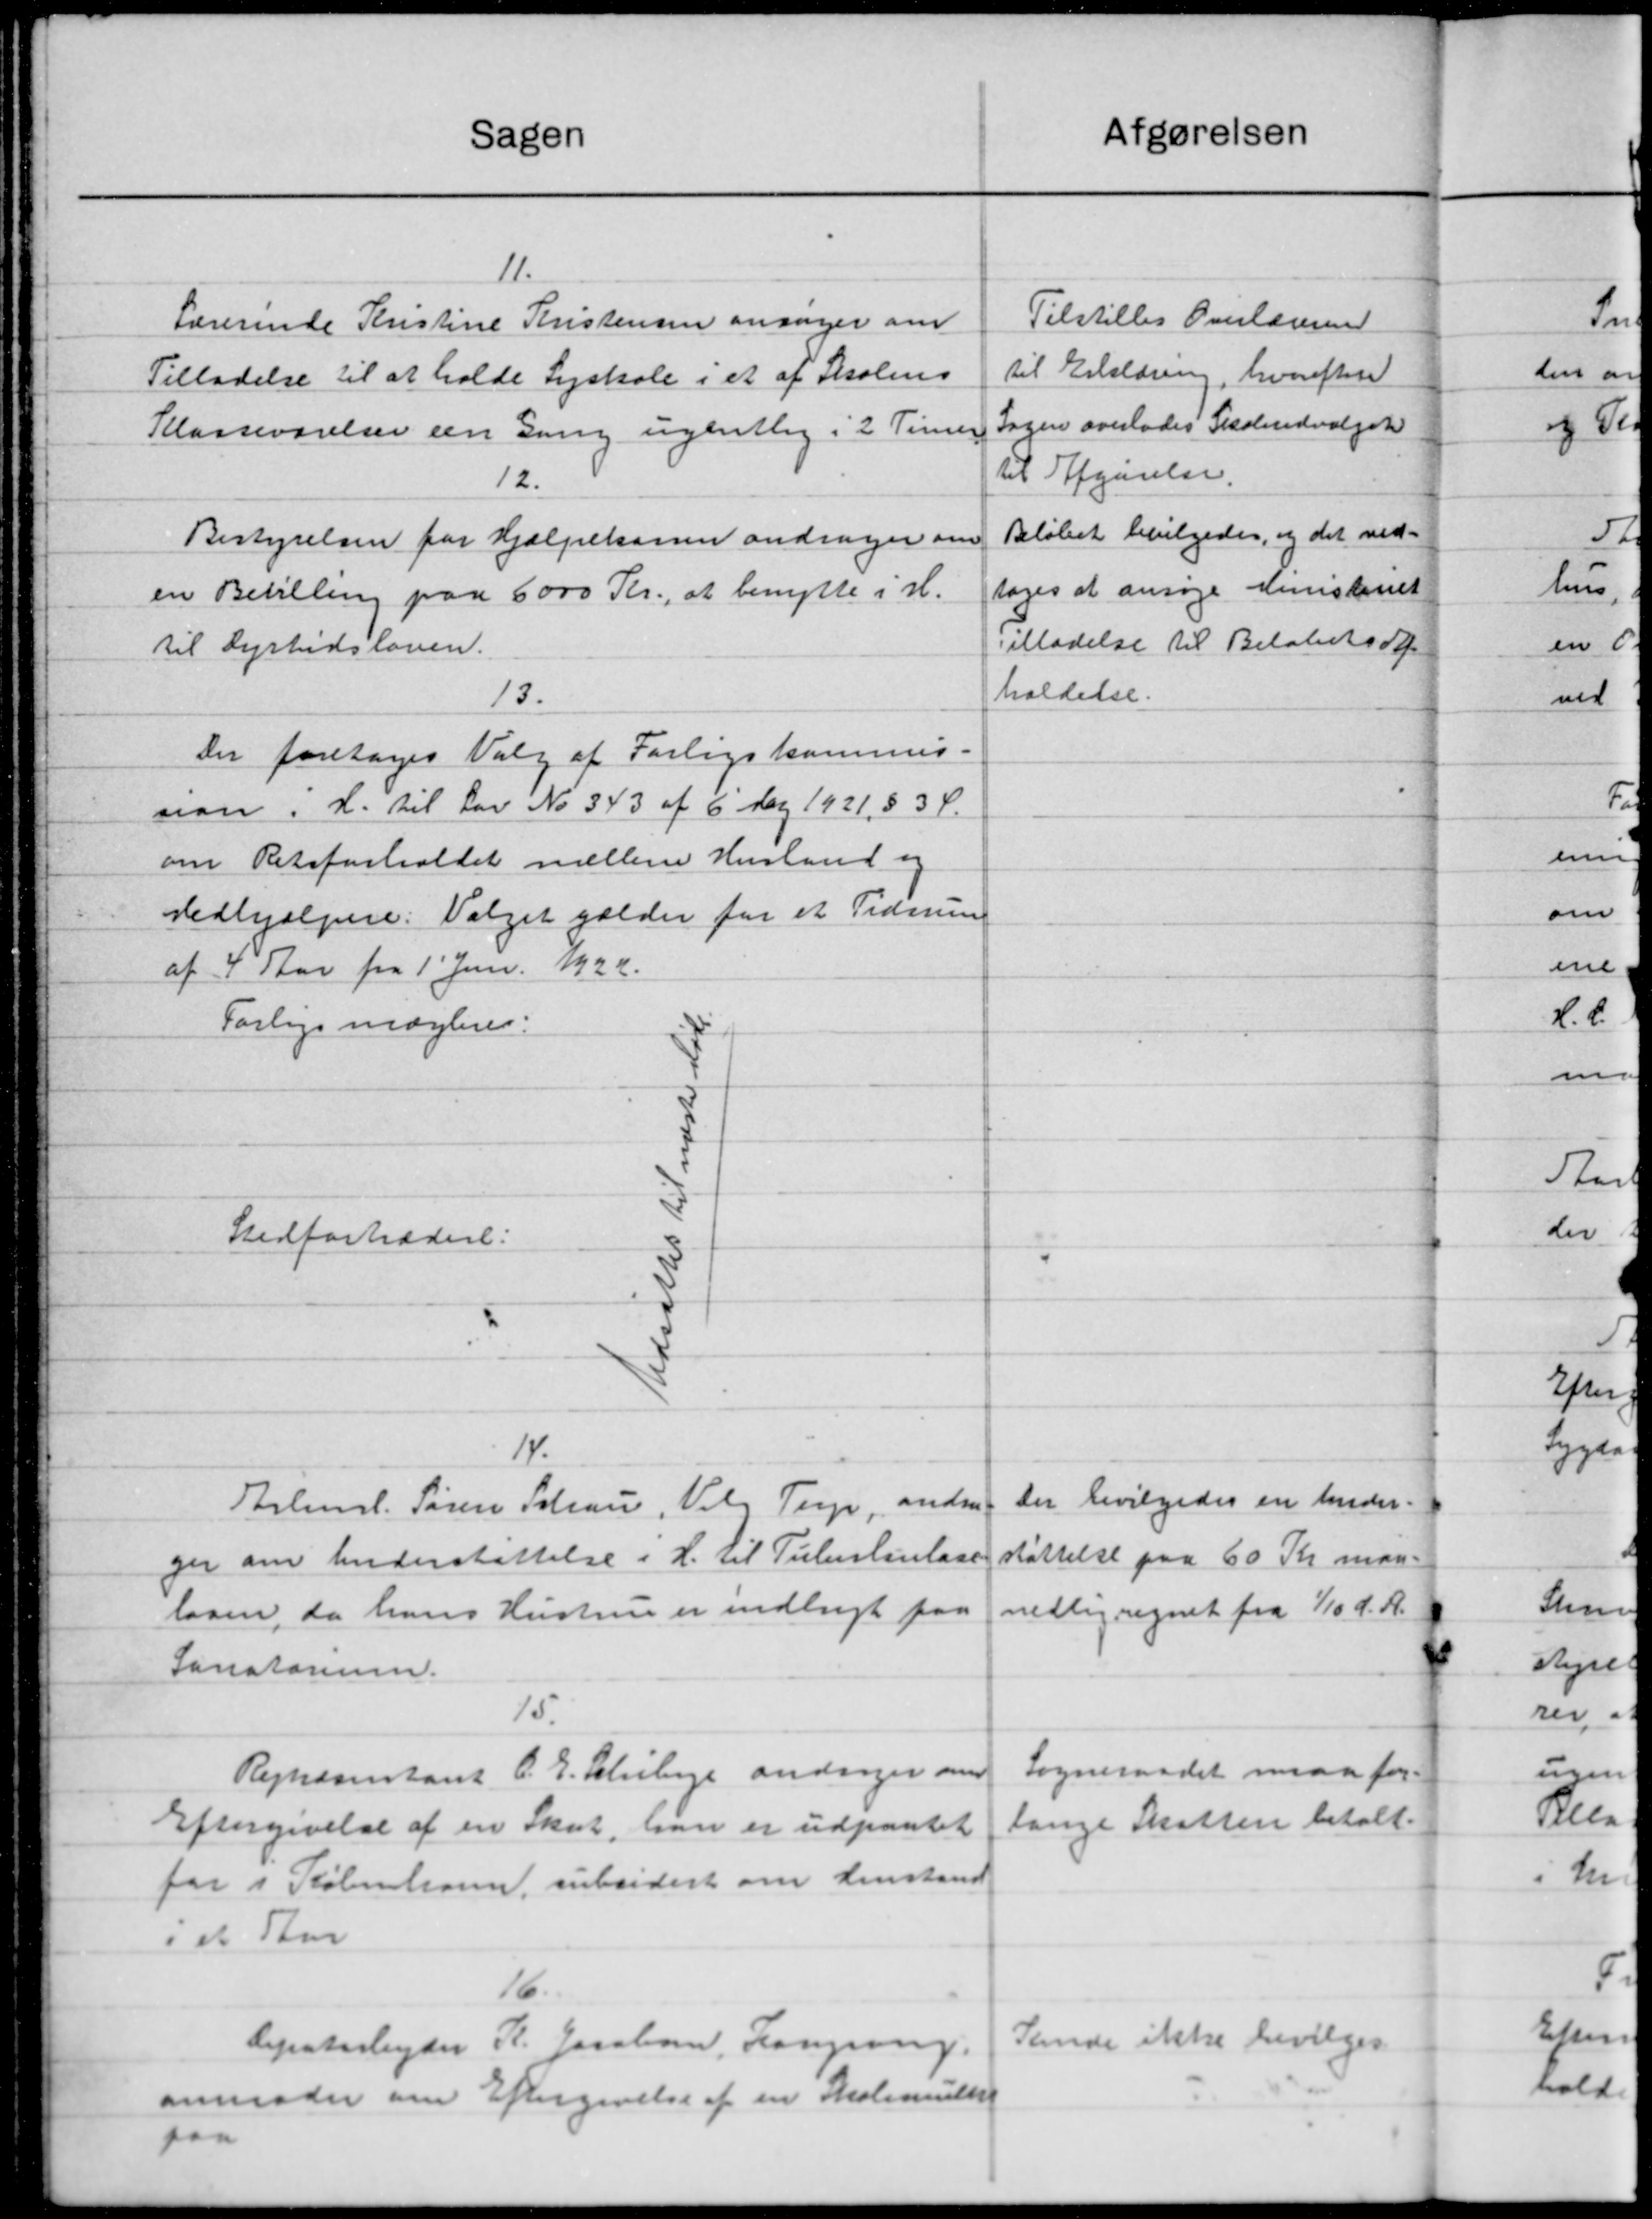
Transskription:
Sagen
11.
Lærerinde Kristine Kristensen ansøger om
Tilladelse til at holde Syskole i et af Skolens
Kasseværelser en Gang ugentlig i 2 Timer
12.
Bestyrelsen for Hjælpekassen andrager om
en Betilling paa 6000 Kr., at benytte i H.
til Dyrtidsloven.
13.
Der foretoges Valg af Forligskommis.
sion. H. til Lov No 343 af 6 Maj 1921 § 3 Ø.
om Retsforholdet mellem Husland og
vedhjælpere. Valget gælder for et Tidenne
af 4 Aar fra 1' Juni 1924.
Forligsmægleres:
Stedfortrædere:
14.
Aelmsl. Søren Schau, Valg Terp, andra
ger om Understøttelse i H. til Tuberlinlase
lasen, da hans Hustru er indlagt paa
Sanatorium.
15
Rejnæsentant C. E. Schiberg andrager om
Eftergivelse af en Skat, han er udpantet
for i København, subsidest om Henstand
i et Star
16.
lepatarbejder R. Jacobsen, Langsang.
anmoder om Eftergivelse af en Skolemulkt
paa